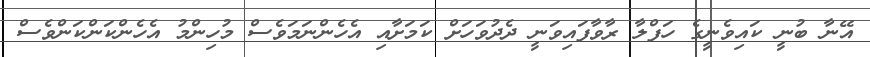
އޭނާ ބުނީ ކައިވެނީގެ ހަފްލާ ރާވާފައިވަނީ ދެދުވަހަށް ކަމަށާއި އެހެންނަމަވެސް މުހިންމު އެހެންކަންކަންވެސް